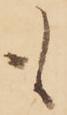
も